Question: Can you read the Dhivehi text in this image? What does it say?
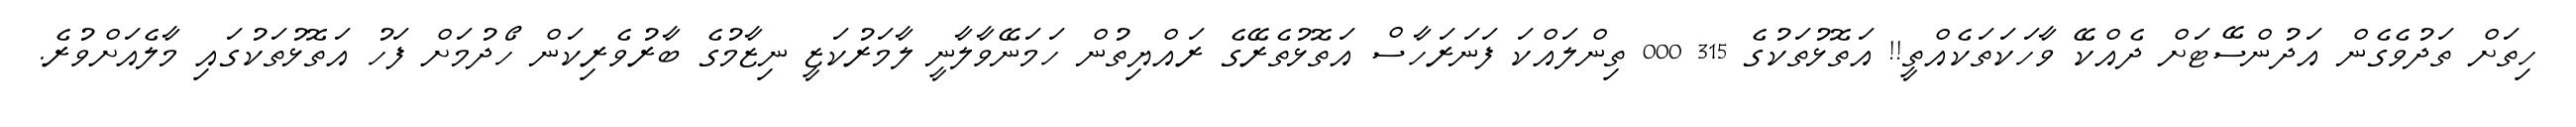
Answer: ހިތަށް ތަދުވެގެން އަދުންސޭޓަށް ދެއްކޭ ވާހަކަތަކެއްތީ!! އަތޮޅުތަކުގެ 315 000 ތިންލައްކަ ފަނަރަހާސް އަތޮޅުތެރޭގެ ރައްޔިތުން ހަމަނޭވާލާނީ ލާމަރުކަޒީ ނިޒާމުގެ ބާރުވެރިކަން ހޯދުމަށް ފަހު އަތޮޅުތަކުގައި މާލެއަށްވުރެ.